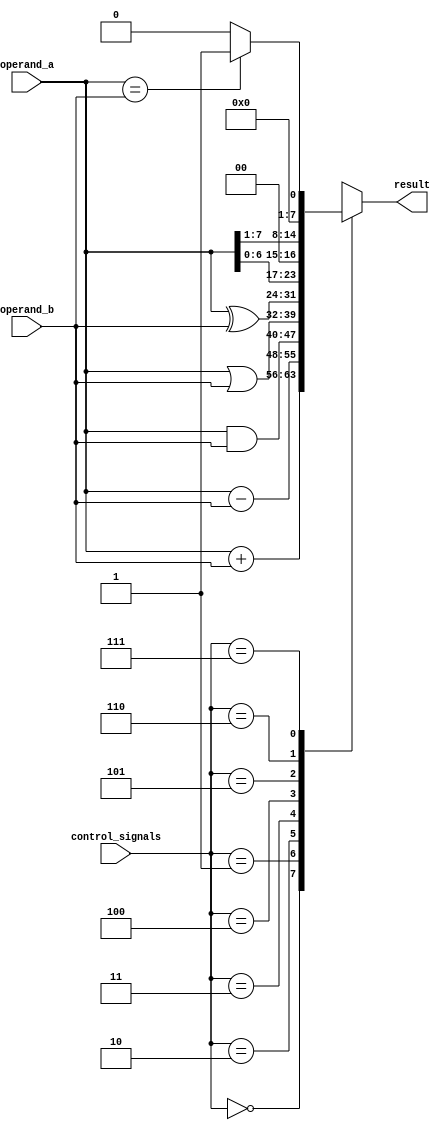
module ALU (
    input [7:0] operand_a,
    input [7:0] operand_b,
    input [2:0] control_signals,
    output reg [7:0] result
);

always @(*) begin
    case(control_signals)
        3'b000: result = operand_a + operand_b; // Addition
        3'b001: result = operand_a - operand_b; // Subtraction
        3'b010: result = operand_a & operand_b; // AND
        3'b011: result = operand_a | operand_b; // OR
        3'b100: result = operand_a ^ operand_b; // XOR
        3'b101: result = operand_a << 1; // Left shift
        3'b110: result = operand_a >> 1; // Right shift
        3'b111: result = (operand_a == operand_b) ? 8'b1 : 8'b0; // Comparison
    endcase
end

endmodule